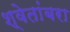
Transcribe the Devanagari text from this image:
श्वेतांबरा